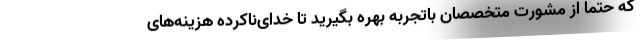
که حتما از مشورت متخصصان باتجربه بهره بگیرید تا خدای‌ناکرده هزینه‌های